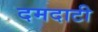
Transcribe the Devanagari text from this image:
दमदाटी